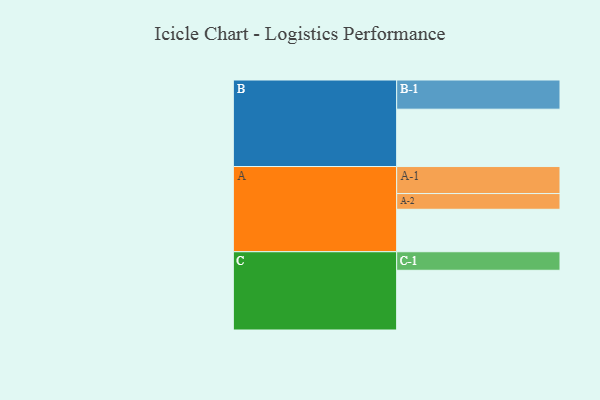
{"axis": {"x": "Segment", "y": "Value"}, "legend": ["", "A", "B", "C"], "data": [{"x": "A", "y": 410, "type": ""}, {"x": "B", "y": 554, "type": ""}, {"x": "C", "y": 577, "type": ""}, {"x": "A-1", "y": 261, "type": "A"}, {"x": "A-2", "y": 152, "type": "A"}, {"x": "B-1", "y": 282, "type": "B"}, {"x": "C-1", "y": 179, "type": "C"}]}